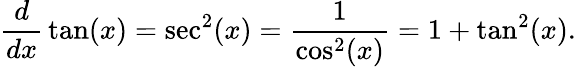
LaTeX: {\frac{d}{dx}}\tan(x)=\sec^{2}(x)={\frac{1}{\cos^{2}(x)}}=1+\tan^{2}(x).